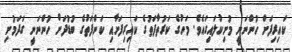
ކައިރިފަށް ހުންނަނީ މުށިކުލައިގައެވެ. މަހުގެ ކަރުތާފަތުގެ ކައިރިފަށާއި ކަންފަތުގެ ބުޑުދަށް ހުންނަނީ ގަދަމުށި